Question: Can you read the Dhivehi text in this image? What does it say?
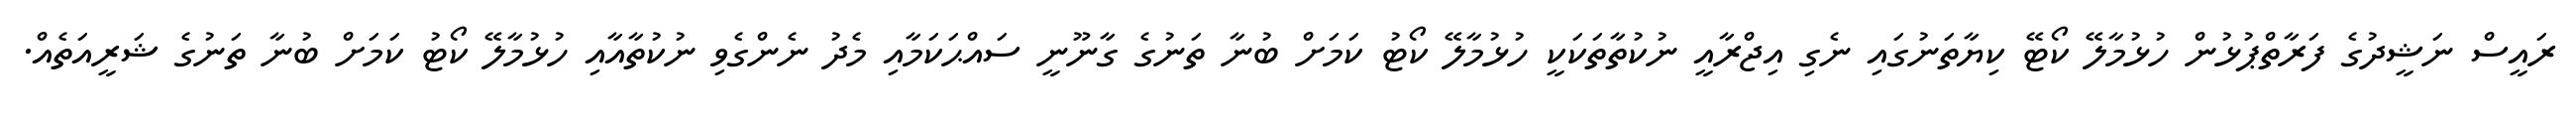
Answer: ރައީސް ނަޝީދުގެ ފަރާތްޕުޅުން ހުޅުމާލޭ ކޯޓޭ ކިޔާތަނުގައި ނެގި އިޖްރާއީ ނުކުތާތަކަކީ ހުޅުމާލޭ ކޯޓު ކަމަށް ބުނާ ތަނުގެ ގާނޫނީ ސައްޙަކަމާއި މެދު ނެންގެވި ނުކުތާއާއި ހުޅުމާލޭ ކޯޓު ކަމަށް ބުނާ ތަނުގެ ޝަރީއަތެއް.